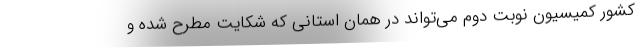
کشور کمیسیون‌ نوبت دوم می‌تواند در همان استانی که شکایت مطرح شده و